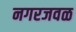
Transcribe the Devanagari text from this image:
नगरजवळ